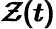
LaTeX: \pmb{\mathcal{Z}(t)}